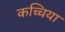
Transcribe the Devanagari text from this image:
कच्चिया